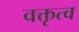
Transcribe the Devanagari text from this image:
वक्तृत्‍व